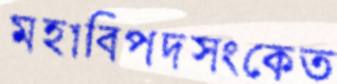
মহাবিপদসংকেত